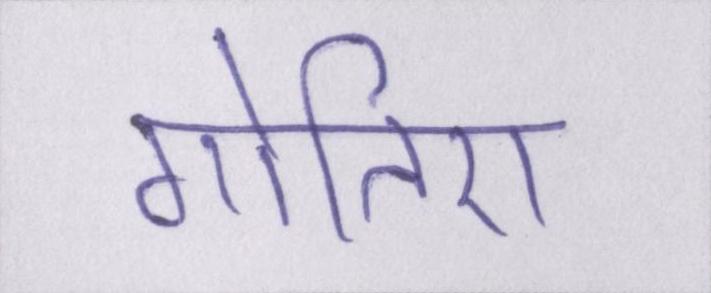
गोतिए